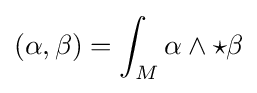
(\alpha ,\beta )=\int _{M}\alpha \wedge {\star \beta }